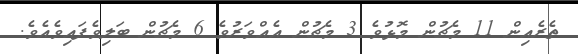
ތެރެއިން 11 މެޗުން މޮޅުވެ 3 މެޗުން އެއްވަރުވެ 6 މެޗުން ބަލިވެފައިވެއެވެ.